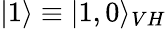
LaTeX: |1\rangle\equiv|1,0\rangle_{VH}